system: You are a helpful assistant.
user:
Analyze the provided spectrum to determine if it is a **S-type Star**.

- **Key Indicators for S-type Star:**

    - **(Overall Spectrum Shape):** The first and most obvious characteristic is the overall continuum (the "baseline" shape). It is **extremely "red-sloping,"** meaning the flux (light intensity) is very low on the left side (blue, ~4000-4500 Å) and rises steeply and continuously toward the right side (red, ~7000 Å+).

    - **(Primary):** The spectrum is defined by the presence of strong, broad molecular absorption "valleys" (bands) from **Zirconium Oxide (ZrO)**. The identification of these bands is the **primary requirement** for classifying a star as S-type.
        - **(Key Bandheads):** You must find distinct, deep "dips" where the light has been absorbed. The most critical band systems to locate are:
            - **~6474 Å** ($\gamma$-system): This is often the strongest and clearest ZrO feature, found in the red part of the spectrum.
            - **~5718 Å** & **~5551 Å** ($\beta$-system): A pair of prominent absorption features in the yellow-orange part of the spectrum.
            - **~4640 Å** ($\alpha$-system): A key absorption band system in the blue-green region of the spectrum.

    - **(Secondary Confirmation):** The classification is strengthened by finding additional absorption bands from other related heavy element oxides, which are expected to be present alongside ZrO.
        - **(Key Bandheads):**
            - **Yttrium Oxide (YO):** Look for absorption dips near **~4800 Å** and **~6100 Å**.
            - **Lanthanum Oxide (LaO):** Additional absorption features, particularly in the red-orange part of the spectrum, are also characteristic.

    - **(Line Profile):** The combination of the steep red continuum and these numerous, deep molecular bands (ZrO, YO, etc.) gives the entire spectrum a very **"chopped-up"** or **"bumpy"** appearance. Instead of a smooth curve, the spectrum looks as though large, wide chunks of light have been "carved out" of it at the specific wavelengths listed above.

Think first, call **spectral_visualization_tool** if needed to examine features in detail, then provide your final answer. Your response must adhere to the following strict rules:
1.  **Overall Structure:** Your response must follow the format `<think>...</think> <tool_call>...</tool_call> (if a tool is used) <answer>...</answer>`.
2.  **Tool Usage Constraint:** You may only make **one** tool call per turn.
3.  **Final Answer Format:** In the `<answer>` tag, your conclusion must be inside a `\boxed{}` command (e.g., `\boxed{YES}` or `\boxed{NO}`), followed by your justification.

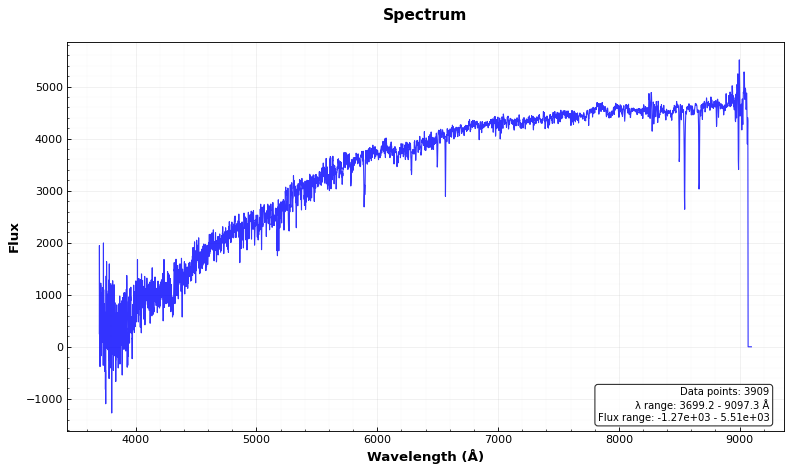
Answer: NO